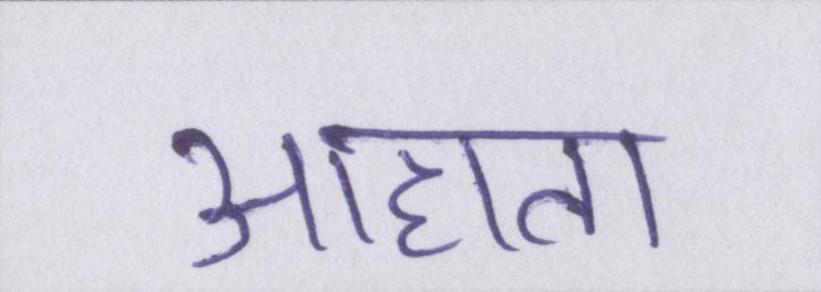
आहाता